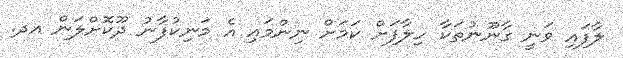
ލާފައި ވަނީ ގާނޫނުތަކާ ހިލާފަށް ކަމަށް ނިންމައި އެ މަނިކުފާނު ދޫކޮށްލަން އދ.